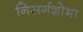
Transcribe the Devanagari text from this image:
निसर्गशोभा